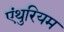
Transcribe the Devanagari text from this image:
एंथुरियम